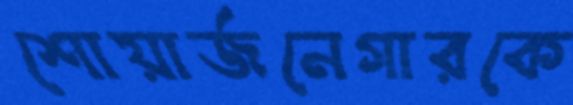
শোয়ার্জনেগারকে